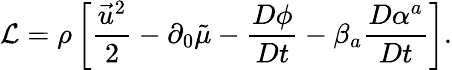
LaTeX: {\cal L}=\rho\left[\frac{\vec{u}^{2}}{2}-\partial_{0}\tilde{\mu}-\frac{D\phi}{Dt}-\beta_{a}\frac{D\alpha^{a}}{Dt}\right].